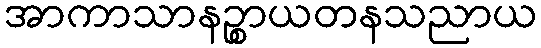
အာကာသာနဉ္စာယတနသညာယ